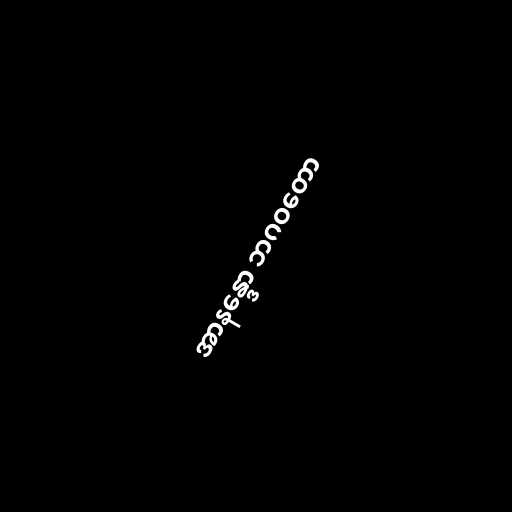
အာနန္ဒော ဘဂဝတော